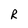
Character: R